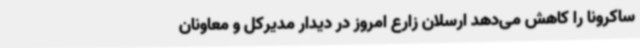
ساکرونا را کاهش می‌دهد ارسلان زارع امروز در دیدار مدیرکل و معاونان